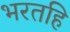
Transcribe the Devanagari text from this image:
भरतहि